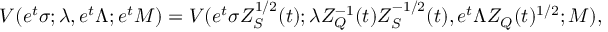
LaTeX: V ( e ^ { t } \sigma ; \lambda , e ^ { t } \Lambda ; e ^ { t } M ) = V ( e ^ { t } \sigma Z _ { S } ^ { 1 / 2 } ( t ) ; \lambda Z _ { Q } ^ { - 1 } ( t ) Z _ { S } ^ { - 1 / 2 } ( t ) , e ^ { t } \Lambda Z _ { Q } ( t ) ^ { 1 / 2 } ; M ) ,